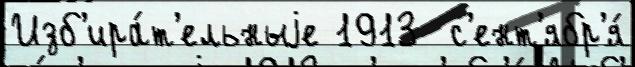
Изб'ира́т'ельныjе 1913  с'ент'ябр'я́